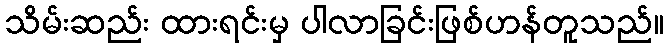
သိမ်းဆည်း ထားရင်းမှ ပါလာခြင်းဖြစ်ဟန်တူသည်။